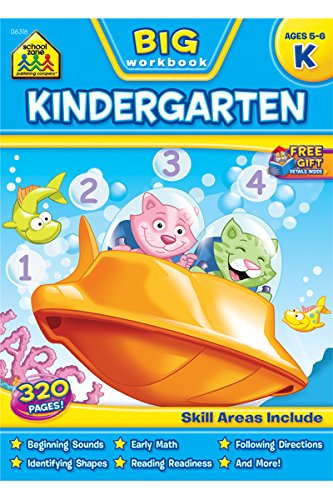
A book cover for Big Kindergarten Workbook; School Zone Publishing Company Staff; Children's Books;